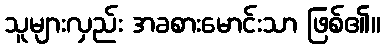
သူများလှည်း အခစားမောင်းသာ ဖြစ်၏။